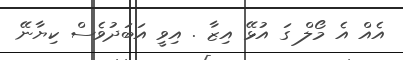
އެއް އެ މޯލް ގަ އުޅޭ އިޒާ . އިވީ އަބަދުވެސް ކިޔާނޭ